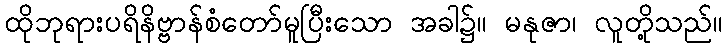
ထိုဘုရားပရိနိဗ္ဗာန်စံတော်မူပြီးသော အခါ၌။ မနုဇာ၊ လူတို့သည်။